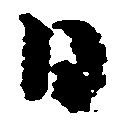
日